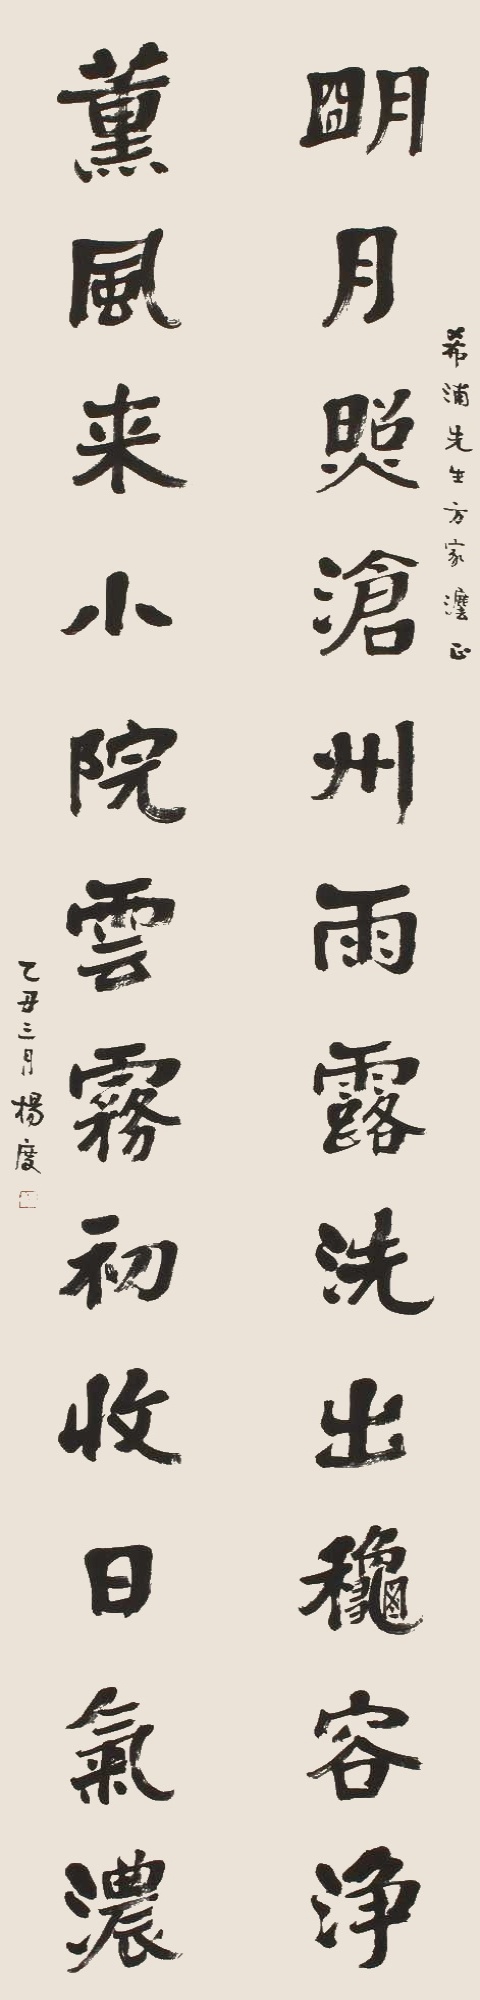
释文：明月照沧州，雨露洗出秋容浄；薰风来小院，云雾初收日气浓。希浦先生方家法正。乙丑三月，杨度。